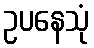
ဥပနေသုံ